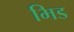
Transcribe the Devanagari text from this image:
भिड